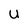
Character: U